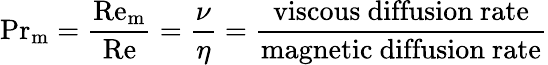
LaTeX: \mathrm{Pr}_{\mathrm{m}}={\frac{\mathrm{Re_{m}}}{\mathrm{Re}}}={\frac{\nu}{\eta}}={\frac{\mathrm{viscous~diffusion~rate}}{\mathrm{magnetic~diffusion~rate}}}